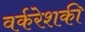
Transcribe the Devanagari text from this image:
वर्करेशकी